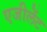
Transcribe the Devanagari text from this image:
एजीलेंट